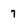
Character: 7